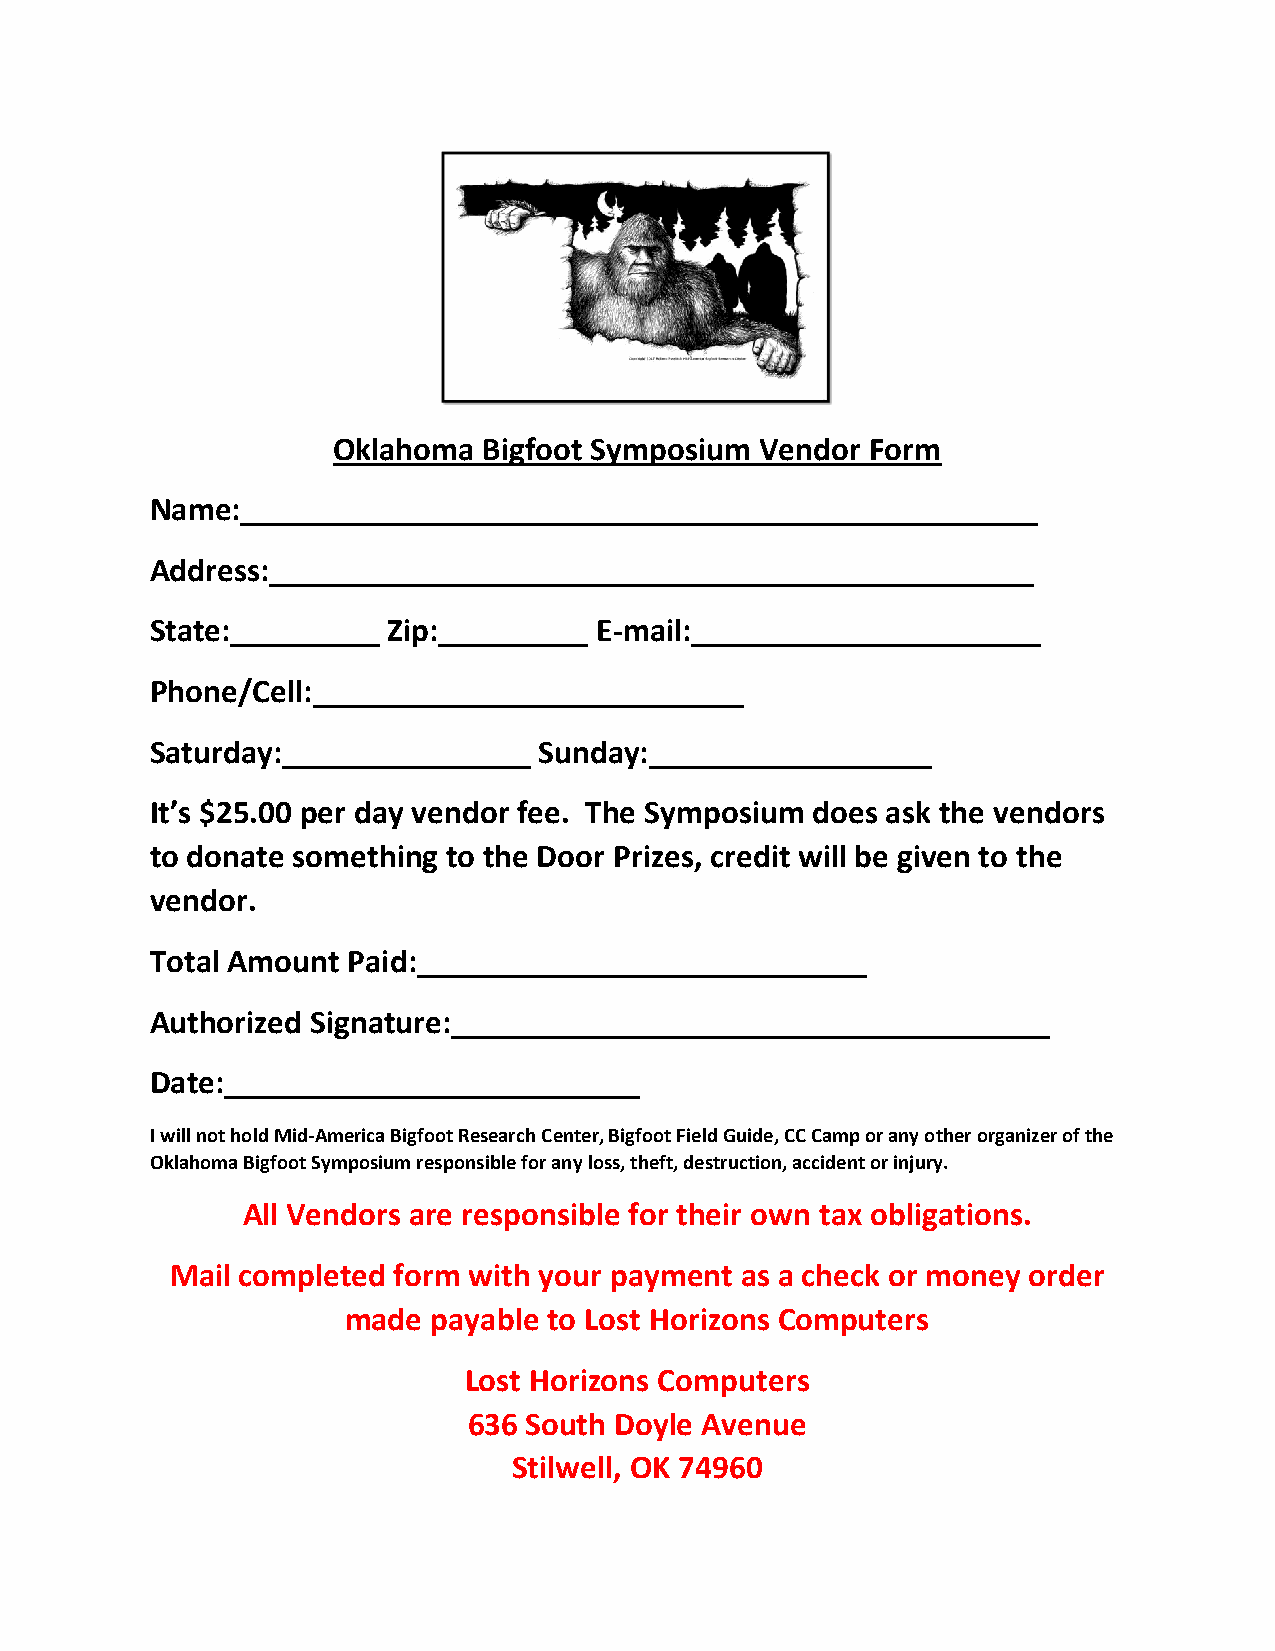
Oklahoma  Bigfoot Symposium Vendor  Form
 Name:________________________________________________
 Address:______________________________________________
 State:_________ Zip:_________ E-mail:_____________________
 Phone/Cell:__________________________
 Saturday:_______________  Sunday:_________________
 It’s $25.00 per day vendor fee. The Symposium does ask the vendors
 to donate something to the Door Prizes, credit will be given to the
 vendor.
 Total Amount Paid:___________________________
 Authorized Signature:____________________________________
 Date:_________________________
 I will not hold Mid-America Bigfoot Research Center, Bigfoot Field Guide, CC Camp or any other organizer of the
 Oklahoma Bigfoot Symposium responsible for any loss, theft, destruction, accident or injury.
 All Vendors are responsible for their own tax obligations.
 Mail completed form with your payment as a check or money order
 made  payable to Lost Horizons Computers
 Lost Horizons Computers
 636 South Doyle Avenue
 Stilwell, OK 74960